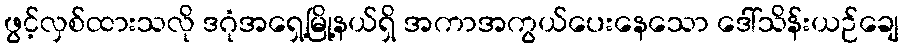
ဖွင့်လှစ်ထားသလို ဒဂုံအရှေ့မြို့နယ်ရှိ အကာအကွယ်ပေးနေသော ဒေါ်သိန်းယဉ်ချေ